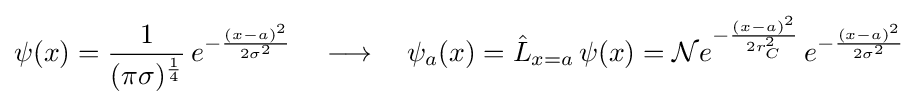
\psi (x)={\frac {1}{(\pi \sigma )^{\frac {1}{4}}}}\,e^{-{\frac {(x-a)^{2}}{2\sigma ^{2}}}}\quad \longrightarrow \quad \psi _{a}(x)={\hat {L}}_{x=a}\,\psi (x)={\cal {N}}e^{-{\frac {(x-a)^{2}}{2r_{C}^{2}}}}\,e^{-{\frac {(x-a)^{2}}{2\sigma ^{2}}}}